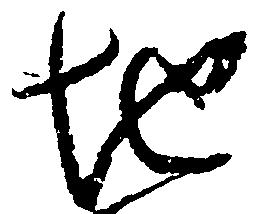
地